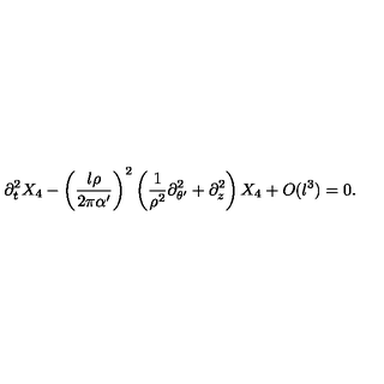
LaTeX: \partial _ { t } ^ { 2 } X _ { 4 } - \left( { \frac { l \rho } { 2 \pi \alpha ^ { \prime } } } \right) ^ { 2 } \left( { \frac { 1 } { \rho ^ { 2 } } } \partial _ { \theta ^ { \prime } } ^ { 2 } + \partial _ { z } ^ { 2 } \right) X _ { 4 } + O ( l ^ { 3 } ) = 0 .